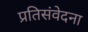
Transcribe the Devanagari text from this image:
प्रतिसंवेदना